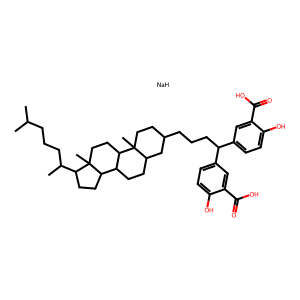
SMILES: CC(C)CCCC(C)C1CCC2C3CCC4CC(CCCC(c5ccc(O)c(C(=O)O)c5)c5ccc(O)c(C(=O)O)c5)CCC4(C)C3CCC12C.[NaH]
Inhibits HIV replication: Yes